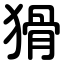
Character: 猾